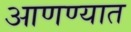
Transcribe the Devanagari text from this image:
आणण्यात